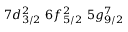
7 d _ { 3 / 2 } ^ { 2 } \, \, 6 f _ { 5 / 2 } ^ { 2 } \, \, 5 g _ { 9 / 2 } ^ { 7 }